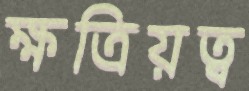
ক্ষত্রিয়ত্ব